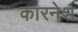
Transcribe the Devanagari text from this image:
कारनेश